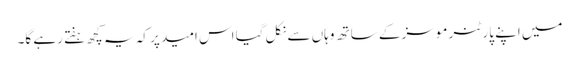
میں اپنے پارٹنر موسز کے ساتھ وہاں سے نکل گیا اس امید پر کہ یہ کچھ ہفتے رہے گا۔